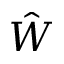
\hat { W }